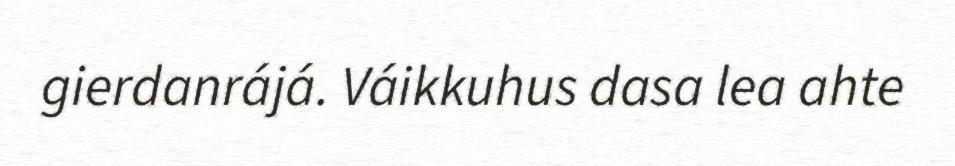
gierdanrájá. Váikkuhus dasa lea ahte